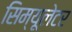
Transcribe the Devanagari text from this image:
सिम्यूलेटर